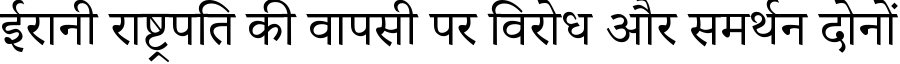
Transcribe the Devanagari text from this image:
ईरानी राष्ट्रपति की वापसी पर विरोध और समर्थन दोनों